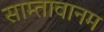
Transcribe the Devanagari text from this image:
साम्तावानम